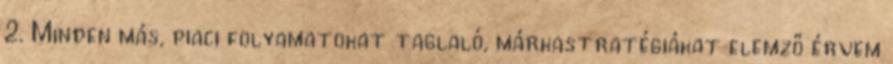
2. Minden más, piaci folyamatokat taglaló, márkastratégiákat elemző érvem